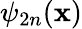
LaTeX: \psi_{2n}(\mathbf{x})